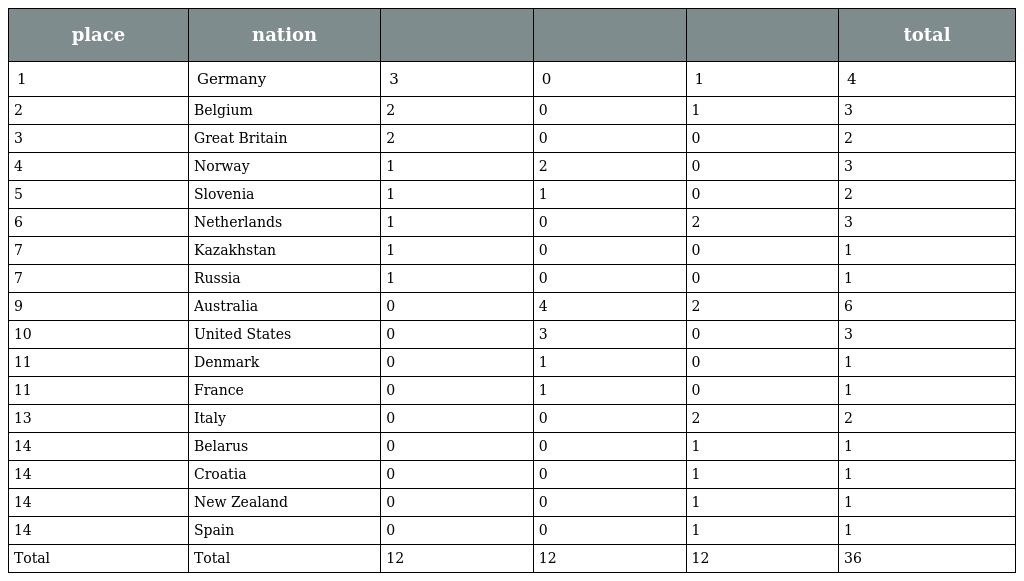
| place | nation |  |  |  | total |
 | --- | --- | --- | --- | --- | --- |
 | 1 | Germany | 3 | 0 | 1 | 4 |
 | 2 | Belgium | 2 | 0 | 1 | 3 |
 | 3 | Great Britain | 2 | 0 | 0 | 2 |
 | 4 | Norway | 1 | 2 | 0 | 3 |
 | 5 | Slovenia | 1 | 1 | 0 | 2 |
 | 6 | Netherlands | 1 | 0 | 2 | 3 |
 | 7 | Kazakhstan | 1 | 0 | 0 | 1 |
 | 7 | Russia | 1 | 0 | 0 | 1 |
 | 9 | Australia | 0 | 4 | 2 | 6 |
 | 10 | United States | 0 | 3 | 0 | 3 |
 | 11 | Denmark | 0 | 1 | 0 | 1 |
 | 11 | France | 0 | 1 | 0 | 1 |
 | 13 | Italy | 0 | 0 | 2 | 2 |
 | 14 | Belarus | 0 | 0 | 1 | 1 |
 | 14 | Croatia | 0 | 0 | 1 | 1 |
 | 14 | New Zealand | 0 | 0 | 1 | 1 |
 | 14 | Spain | 0 | 0 | 1 | 1 |
 | Total | Total | 12 | 12 | 12 | 36 |